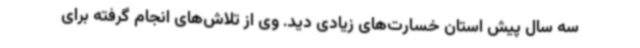
سه سال پیش استان خسارت‌های زیادی دید. وی از تلاش‌های انجام گرفته برای